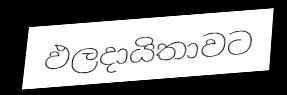
ඵලදායිතාවට